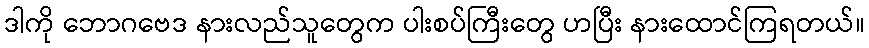
ဒါကို ဘောဂဗေဒ နားလည်သူတွေက ပါးစပ်ကြီးတွေ ဟပြီး နားထောင်ကြရတယ်။